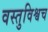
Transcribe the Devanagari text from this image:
वस्तुविश्वच